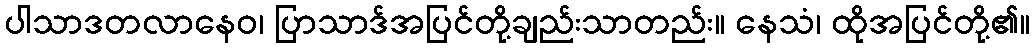
ပါသာဒတလာနေဝ၊ ပြာသာဒ်အပြင်တို့ချည်းသာတည်း။ နေသံ၊ ထိုအပြင်တို့၏။